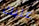
عليك